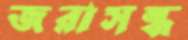
জরাসন্ধ